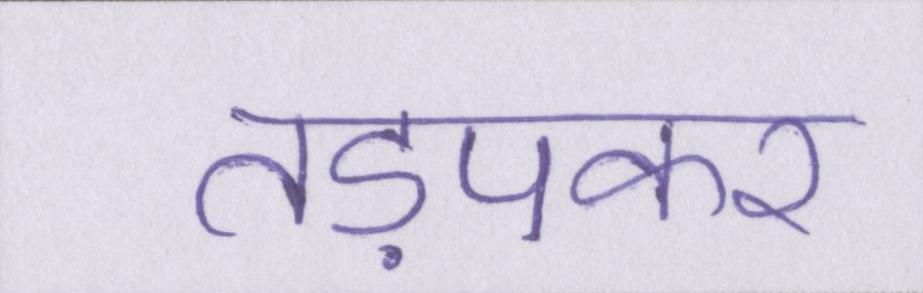
तड़पकर